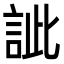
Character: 訿